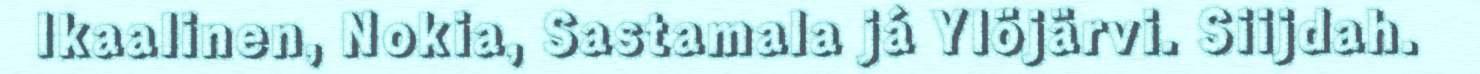
Ikaalinen, Nokia, Sastamala já Ylöjärvi. Siijdah.